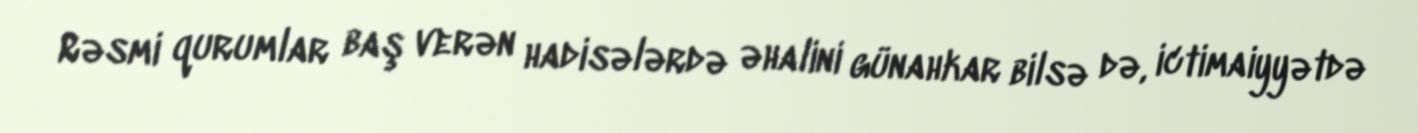
Rəsmi qurumlar baş verən hadisələrdə əhalini günahkar bilsə də, ictimaiyyətdə